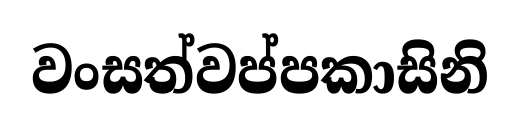
වංසත්වප්පකාසිනි